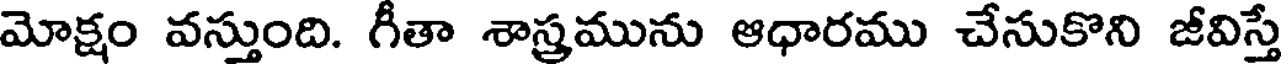
మోక్షం వస్తుంది. గీతా శాస్త్రమును ఆధారము చేసుకొని జీవిస్తే